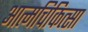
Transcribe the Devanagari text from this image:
आत्मचिकित्सा